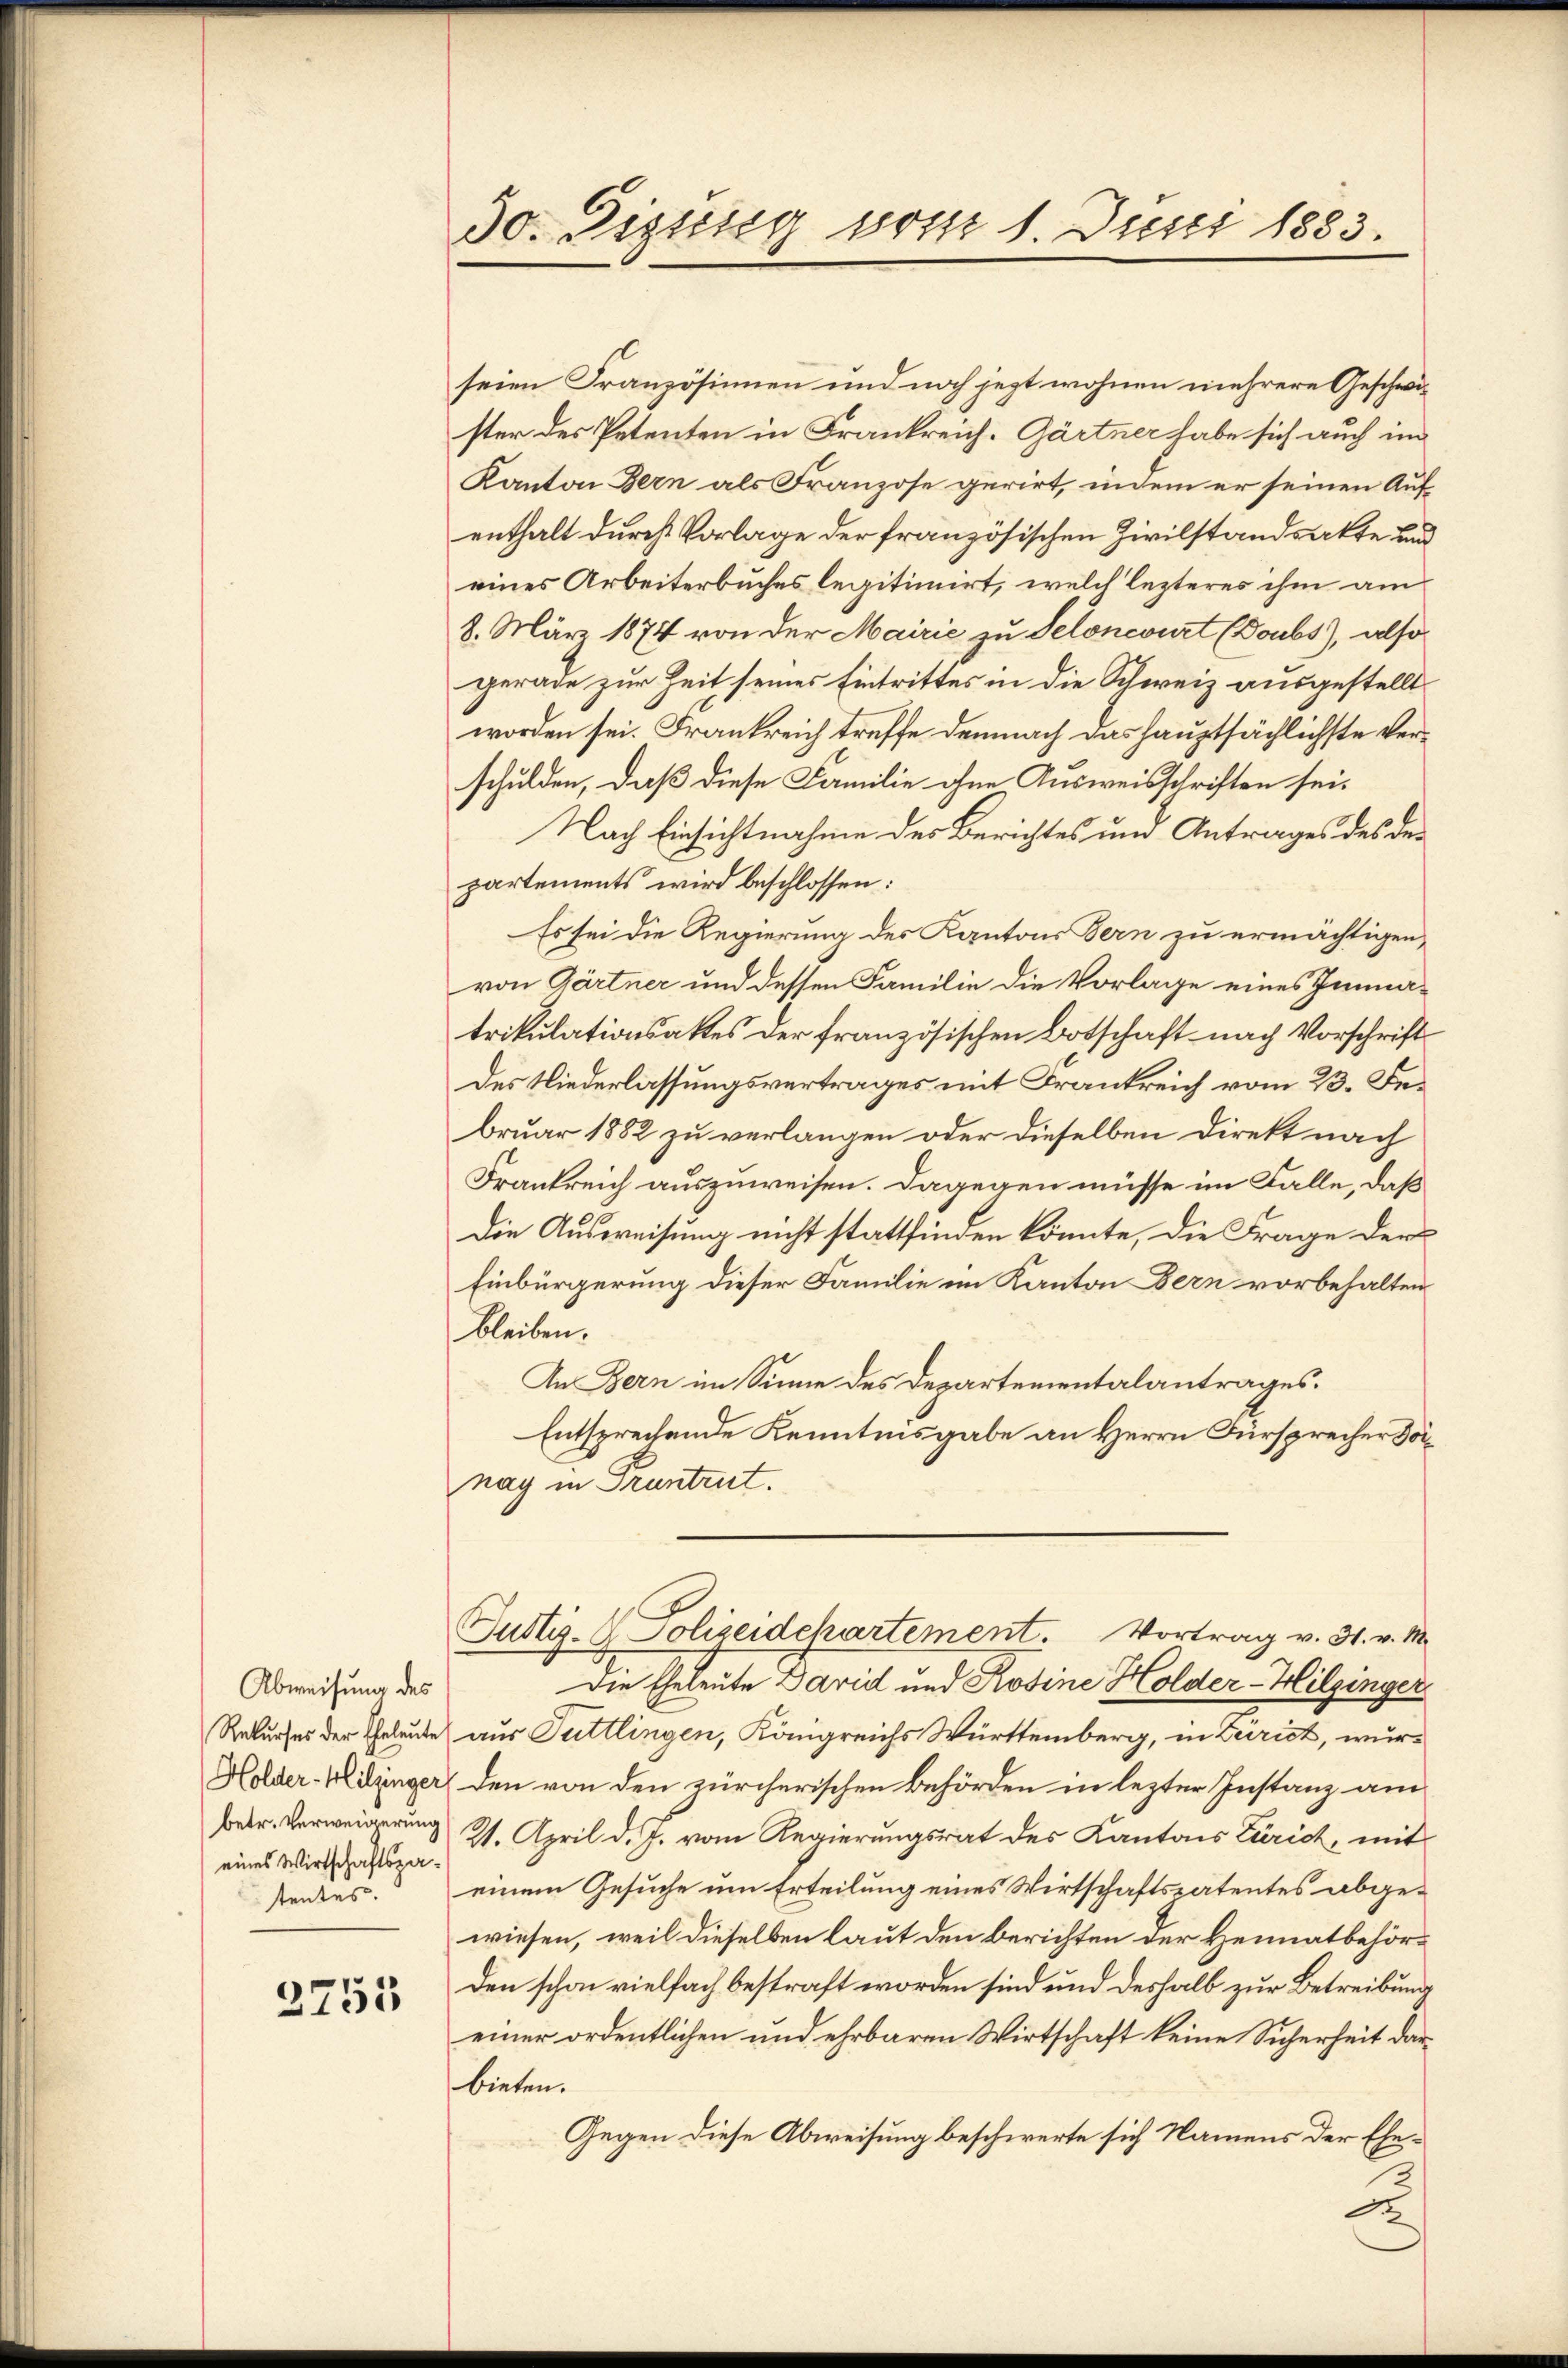
Abweisung des
Rekurses der Eheleute
Holder-Hitzinger
betr. Verweigerung
eines Wirtschaftspastentes.

2755

do. Sizung vom 1. Juni 1883.

seien Französinnen und noch jezt wohnen mehrere Geschwister des Petenten in Frankreich. Gärtner habe sich auch im
Kanton Bern als Franzose gerirt, indem er seinen Aufenthalt durch Vorlage der französischen Zivilstandsakte und
eines Arbeiterbuches legitimirt, welch lezteres ihm am
8. März 1874 von der Mairie zu Seloneburt (Doubs), also
gerade zur Zeit seines Eintrittes in die Schweiz ausgestellt
worden sei. Frankreich treffe demnach das hauptsächlichste Verschulden, daß diese Familie ohne Ausweisschriften sei¬
Nach Einsichtnahme des Berichtes um Antrages des der
partements wird beschlossen:
Es sei die Regierung des Kantons Bern zu ermächtigen,
von Gärtner und dessen Familie die Vorlage eines Immatrikulationsattes der französischen Botschaft nach Vorschrift
des Niederlassungsvertrages mit Frankreich vom 23. Februar 1882 zu verlangen oder dieselben direkt nach
Frankreich auszuweisen. Dagegen müsse im Falle, daß
Die Ausweisung nicht stattfinden könnte, die Frage der
Einbürgerung dieser Familie im Kanton Bern vorbehalten
bleiben.
An Bern im Sinne des Departementalantrages.
Entsprechende Kenntnisgabe an Herrn Fürsprecher Vornay in Pruntrut.
Justiz- Polizeidchartement. Vortrag v. 31. v. M.
Die Eheleute David und Rosine Holder-Hilginger
aus Tuttlingen, Königreichs Württemberg, in Zürich, wurden von den zürcherischen Behörden in lezter Instanz am
21. April d. J. vom Regierungsrat des Kantons Zürich, mit
einem Gesuche um Erteilung eines Wirtschaftspatentes abgewiesen, weil dieselben laut den berichten der Heimatbehör¬
Den schon vielfach bestraft worden sind und deshalb zur Betreibung
einer ordentlichen und ehrbaren Wirtschaft keine Sicherheit darbieten.
Gegen diese Abweisung beschwerte sich Namens der Ehe¬
F